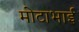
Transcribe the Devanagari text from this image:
मोटाभाई